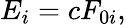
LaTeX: E_{i}=cF_{0i},